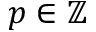
p \in \mathbb Z